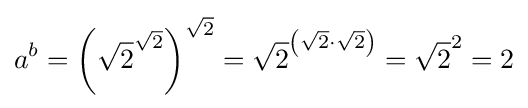
a^{b}=\left({\sqrt {2}}^{\sqrt {2}}\right)^{\sqrt {2}}={\sqrt {2}}^{\left({\sqrt {2}}\cdot {\sqrt {2}}\right)}={\sqrt {2}}^{2}=2